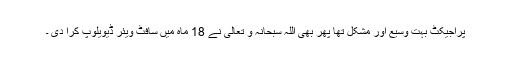
پراجیکٹ بہت وسیع اور مشکل تھا پھر بھی اللہ سُبحانُہُ و تعالٰی نے 18 ماہ میں سافٹ ویئر ڈیویلوپ کرا دی ۔